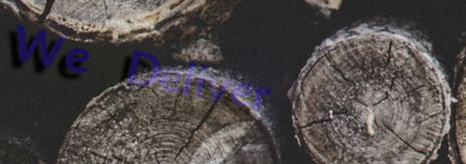
We Deliver